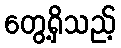
တွေ့ရှိသည့်